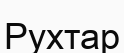
Рухтар